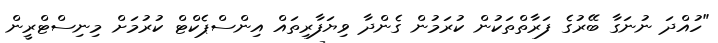
"ހުއްދަ ނުނަގާ ބޭރުގެ ފަރާތްތަކުން ކުރަމުން ގެންދާ ވިޔަފާރިތައް އިންސްޕެކްޓް ކުރުމަށް މިނިސްޓްރީން